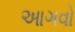
આગવો